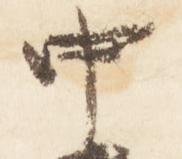
中